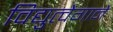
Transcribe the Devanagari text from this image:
विद्युत्‍वेगाने